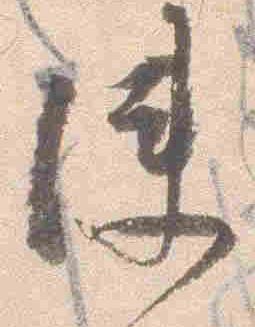
使